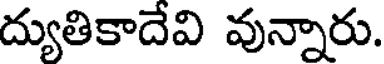
ద్యుతికాదేవి వున్నారు.